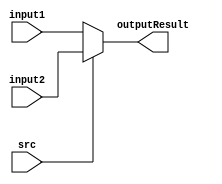
`timescale 1ns / 1ps
//////////////////////////////////////////////////////////////////////////////////
// Company: 
// Engineer: 
// 
// Design Name: 
// Module Name: selecterFor5bits
// Project Name: 
// Target Devices: 
// Tool Versions: 
// Description: 
// 
// Dependencies: 
// 
// Revision:
// Revision 0.01 - File Created
// Additional Comments:
// 
//////////////////////////////////////////////////////////////////////////////////


module selecterFor5bits(
    input src,
    input[4:0] input1,
    input[4:0] input2,
    output reg[4:0] outputResult
    );
    always@(src or input1 or input2)
    begin
        if(src == 0)
        begin
            outputResult <= input1;
        end
        else
        begin
            outputResult <= input2;
        end
    end
endmodule